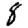
Digit: 8